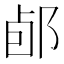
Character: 𨛕